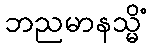
ဘညမာနသ္မိံ